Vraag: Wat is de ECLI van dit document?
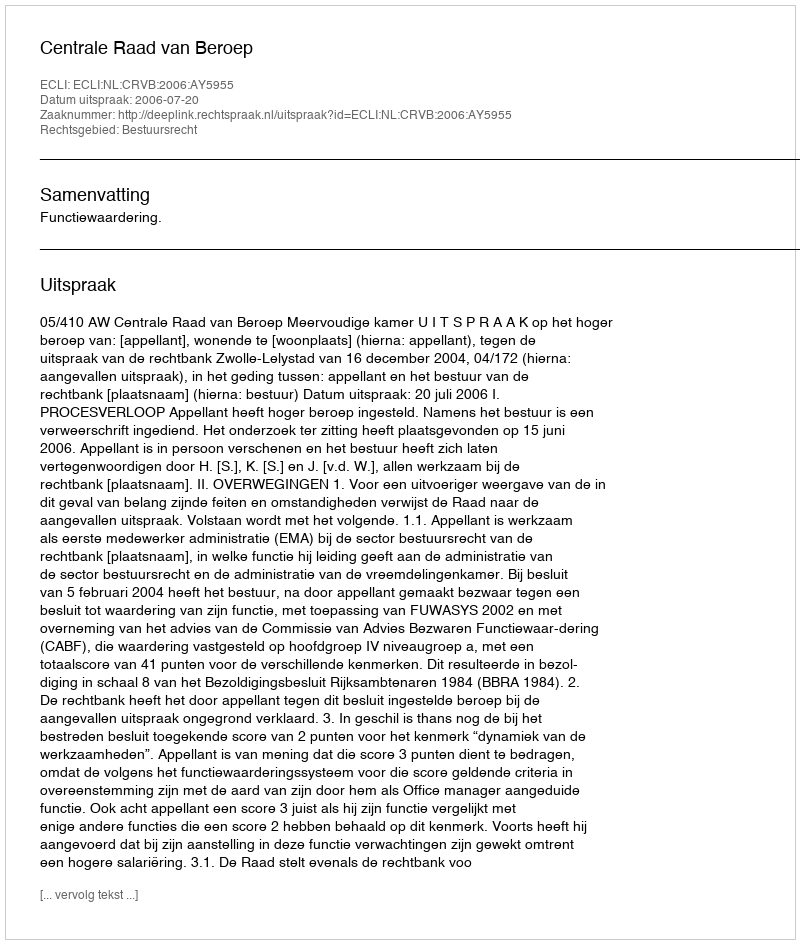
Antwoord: ECLI:NL:CRVB:2006:AY5955